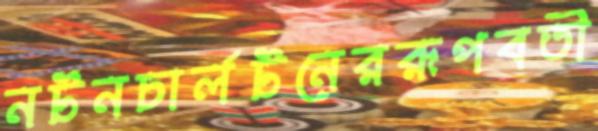
নর্টনচার্লটনেররূপবতী